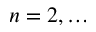
n = 2 , \ldots